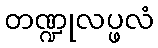
တဏ္ဍုလပ္ဖလံ